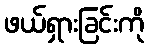
ဖယ်ရှားခြင်းကို